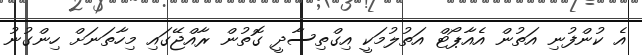
އެ ކުންފުނި އަތުން އެއާޕޯޓް އަތުލުމަކީ އިގްތިސާދީ ގޮތުން ރާއްޖޭގައި މިހާތަނަށް ހިންގުނު